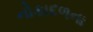
નોકાદળના